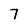
Character: 7